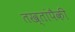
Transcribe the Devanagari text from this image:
तख्तांपैकी